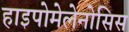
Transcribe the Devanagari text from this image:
हाइपोमेलेनोसिस